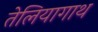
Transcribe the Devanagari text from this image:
तेलियागाथ